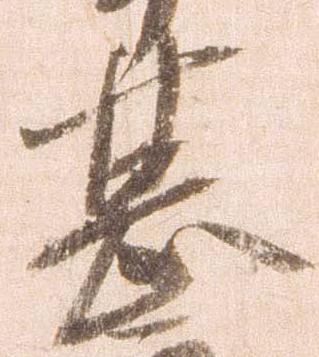
甚